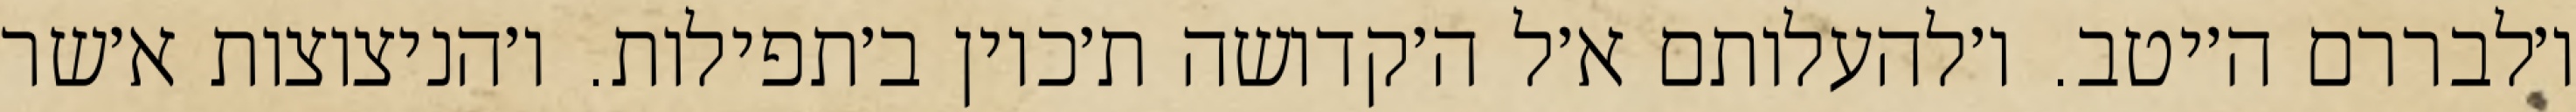
ו׳לבררם ה׳יטב. ו׳להעלותם א׳ל ה׳קדושה ת׳כוין ב׳תפילות. ו׳הניצוצות א׳שר